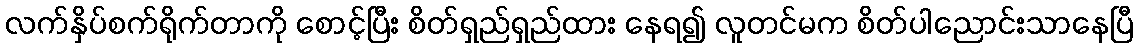
လက်နှိပ်စက်ရိုက်တာကို စောင့်ပြီး စိတ်ရှည်ရှည်ထား နေရ၍ လူတင်မက စိတ်ပါညောင်းသာနေပြီ